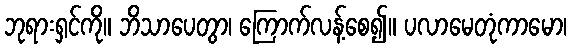
ဘုရားရှင်ကို။ ဘိသာပေတွာ၊ ကြောက်လန့်စေ၍။ ပလာမေတုံကာမော၊